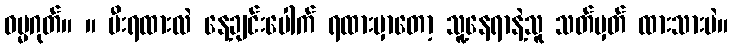
ဓမ္မဂုတ်။ ။ မီးရထားလဲ နေ့ချင်းပေါက် ရထားမှာတော့ သူ့နေရာနဲ့သူ သတ်မှတ် ထားသားပဲ။